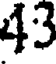
43